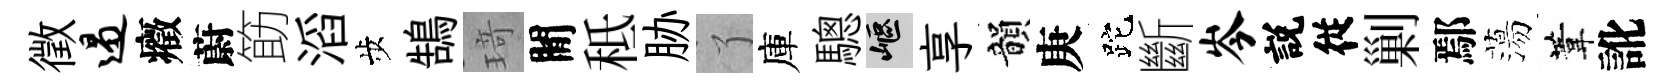
徵遏癥蔚筯滔歩鵠𤦺閒秪胁了庫驄嶇享韻庚跎斷岑説従剿鄢蕩葦訛